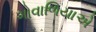
ગોવાળિયાએ